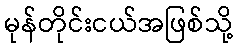
မုန်တိုင်းငယ်အဖြစ်သို့